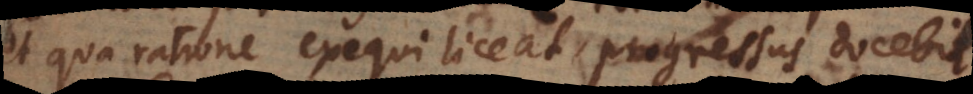
et qua ratione exequi liceat, progressus docebit.